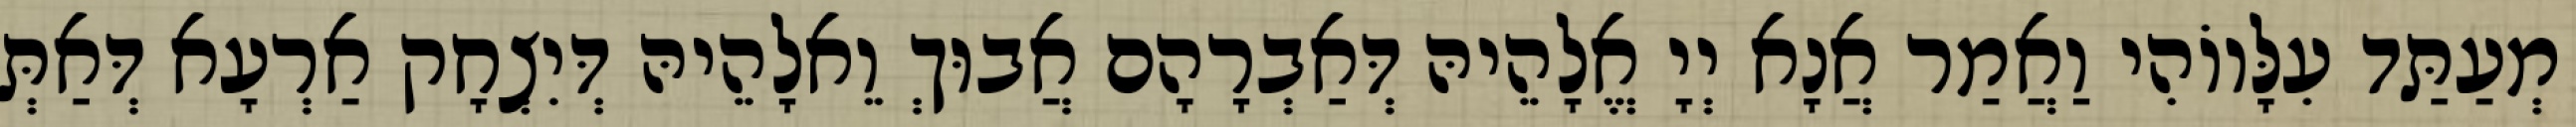
מְעַתַּד עִלָּווֹהִי וַאֲמַר אֲנָא יְיָ אֱלָהֵיהּ דְּאַבְרָהָם אֲבוּךְ וֵאלָהֵיהּ דְּיִצְחָק אַרְעָא דְּאַתְּ